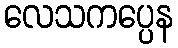
လေသကပ္ပေန